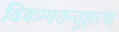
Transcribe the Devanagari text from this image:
विकम्पतन्तुहरण